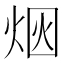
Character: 𰞥